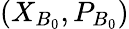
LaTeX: \left({{X}_{B_{0}}},{{P}_{B_{0}}}\right)